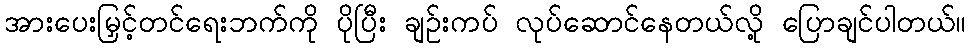
အားပေးမြှင့်တင်ရေးဘက်ကို ပိုပြီး ချဉ်းကပ် လုပ်ဆောင်နေတယ်လို့ ပြောချင်ပါတယ်။